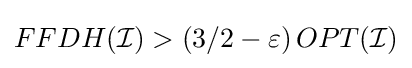
FFDH({\mathcal {I}})>\left(3/2-\varepsilon \right)OPT({\mathcal {I}})